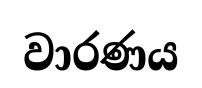
වාරණය